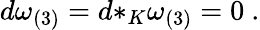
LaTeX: d\omega_{(3)}=d{*_{K}}\omega_{(3)}=0\ .